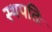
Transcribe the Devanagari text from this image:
स्थपतिः